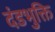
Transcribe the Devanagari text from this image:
दंडभुक्ति